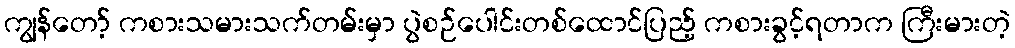
ကျွန်တော့် ကစားသမားသက်တမ်းမှာ ပွဲစဉ်ပေါင်းတစ်ထောင်ပြည့် ကစားခွင့်ရတာက ကြီးမားတဲ့